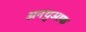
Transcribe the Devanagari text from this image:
अनयुआक